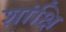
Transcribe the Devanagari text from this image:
शांक्षि